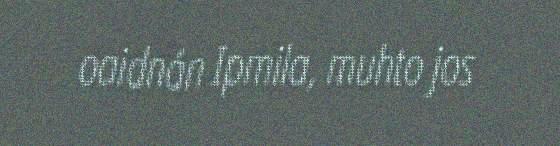
oaidnán Ipmila, muhto jos